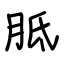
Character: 胝